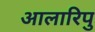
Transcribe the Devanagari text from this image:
आलारिपु